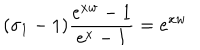
LaTeX: ( \sigma _ { 1 } - 1 ) \frac { e ^ { x w } - 1 } { e ^ { x } - 1 } = e ^ { x w }